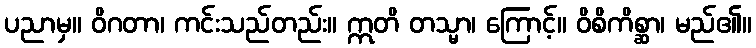
ပညာမှ။ ဝိဂတာ၊ ကင်းသည်တည်း။ ဣတိ တသ္မာ၊ ကြောင့်။ ဝိစိကိစ္ဆာ၊ မည်၏။